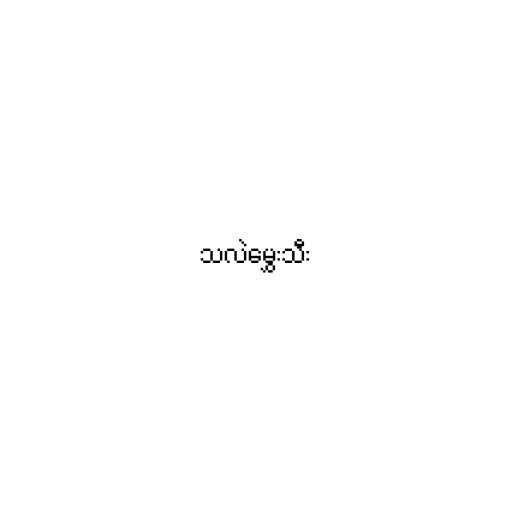
သလဲမွှေးသီး